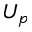
U _ { p }